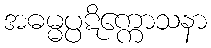
အဓမ္မပ္ပဋိက္ကောသနာ